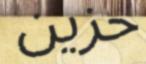
حزين